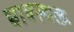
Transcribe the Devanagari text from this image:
घावस्थल